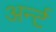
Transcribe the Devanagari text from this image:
अर्न्ट